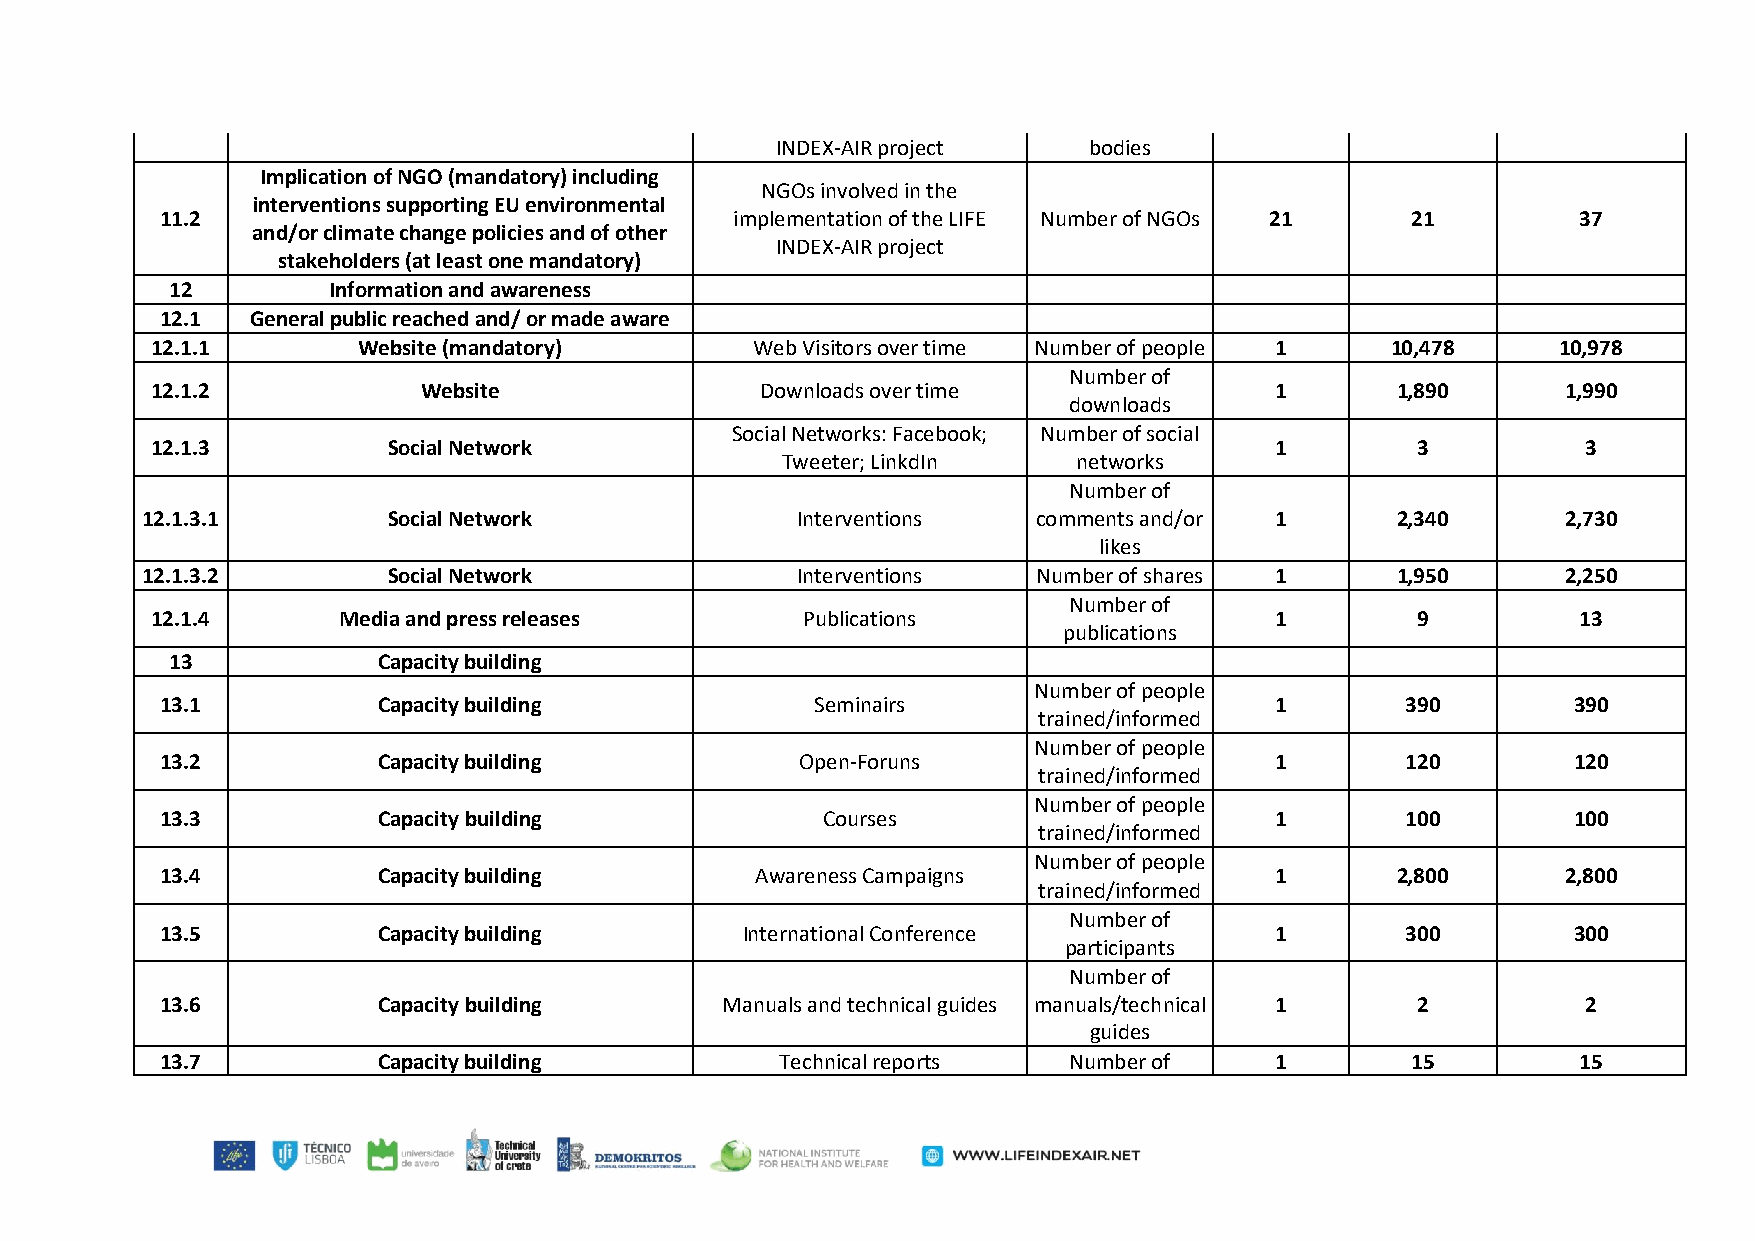
INDEX-AIR project    bodies
 Implication of NGO (mandatory) including
 NGOs involved in the
 interventions supporting EU environmental
 11.2                                  implementation of the LIFE Number of NGOs 21 21         37
 and/or climate change policies and of other
 INDEX-AIR project
 stakeholders (at least one mandatory)
 12         Information and awareness
 12.1  General public reached and/ or made aware
 12.1.1        Website (mandatory)       Web Visitors over time Number of people 1 10,478     10,978
 Number of
 12.1.2            Website               Downloads over time               1       1,890       1,990
 downloads
 Social Networks: Facebook; Number of social
 12.1.3          Social Network                                            1         3          3
 Tweeter; LinkdIn   networks
 Number of
 12.1.3.1         Social Network             Interventions   comments and/or 1      2,340       2,730
 likes
 12.1.3.2         Social Network             Interventions   Number of shares 1     1,950       2,250
 Number of
 12.1.4      Media and press releases       Publications                   1         9          13
 publications
 13            Capacity building
 Number of people
 13.1          Capacity building            Seminairs                     1        390        390
 trained/informed
 Number of people
 13.2          Capacity building           Open-Foruns                    1        120        120
 trained/informed
 Number of people
 13.3          Capacity building            Courses                       1        100        100
 trained/informed
 Number of people
 13.4          Capacity building        Awareness Campaigns               1       2,800       2,800
 trained/informed
 Number of
 13.5          Capacity building       International Conference           1        300        300
 participants
 Number of
 13.6          Capacity building      Manuals and technical guides manuals/technical 1 2       2
 guides
 13.7          Capacity building          Technical reports  Number of    1        15          15